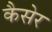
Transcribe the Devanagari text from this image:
कैसेर